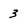
Character: 3